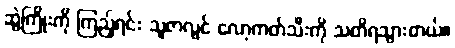
ဆွဲကြိုးကို ကြည့်ရင်း သူဇာလွင် လော့ကတ်သီးကို သတိရသွားတယ်။